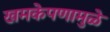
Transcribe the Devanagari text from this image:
खमकेपणामुळे